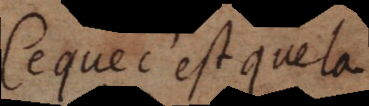
I. Ce que c’est que la